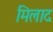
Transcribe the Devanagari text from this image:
मिलाद